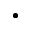
\cdot